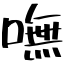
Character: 嘸